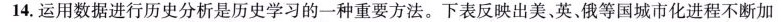
14.运用数据进行历史分析是历史学习的一种重要方法。下表反映出美，英、俄等国城市化进程不断加